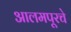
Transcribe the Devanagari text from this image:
आलमपूरचे